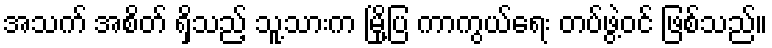
အသက် အစိတ် ရှိသည့် သူ့သားက မြို့ပြ ကာကွယ်ရေး တပ်ဖွဲ့ဝင် ဖြစ်သည်။